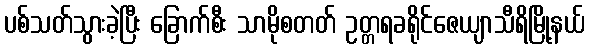
ပစ်သတ်သွားခဲ့ပြီး ခြောက်စီး သာမိုစတတ် ဥတ္တရခရိုင်ဇေယျာသီရိမြို့နယ်